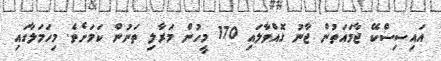
އައިސިސްކޭ ޖާމައަތުން ޖާނު ގޮއްވާލައި 170 މީހުން މަރާލި ތަނުން ކަމަށެވެ. މިހަމަލާގައި